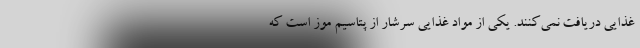
غذایی دریافت نمی‌کنند. یکی از مواد غذایی سرشار از پتاسیم موز است که